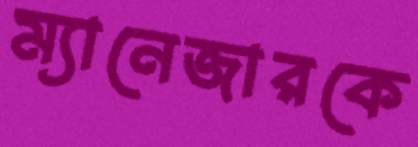
ম্যানেজারকে